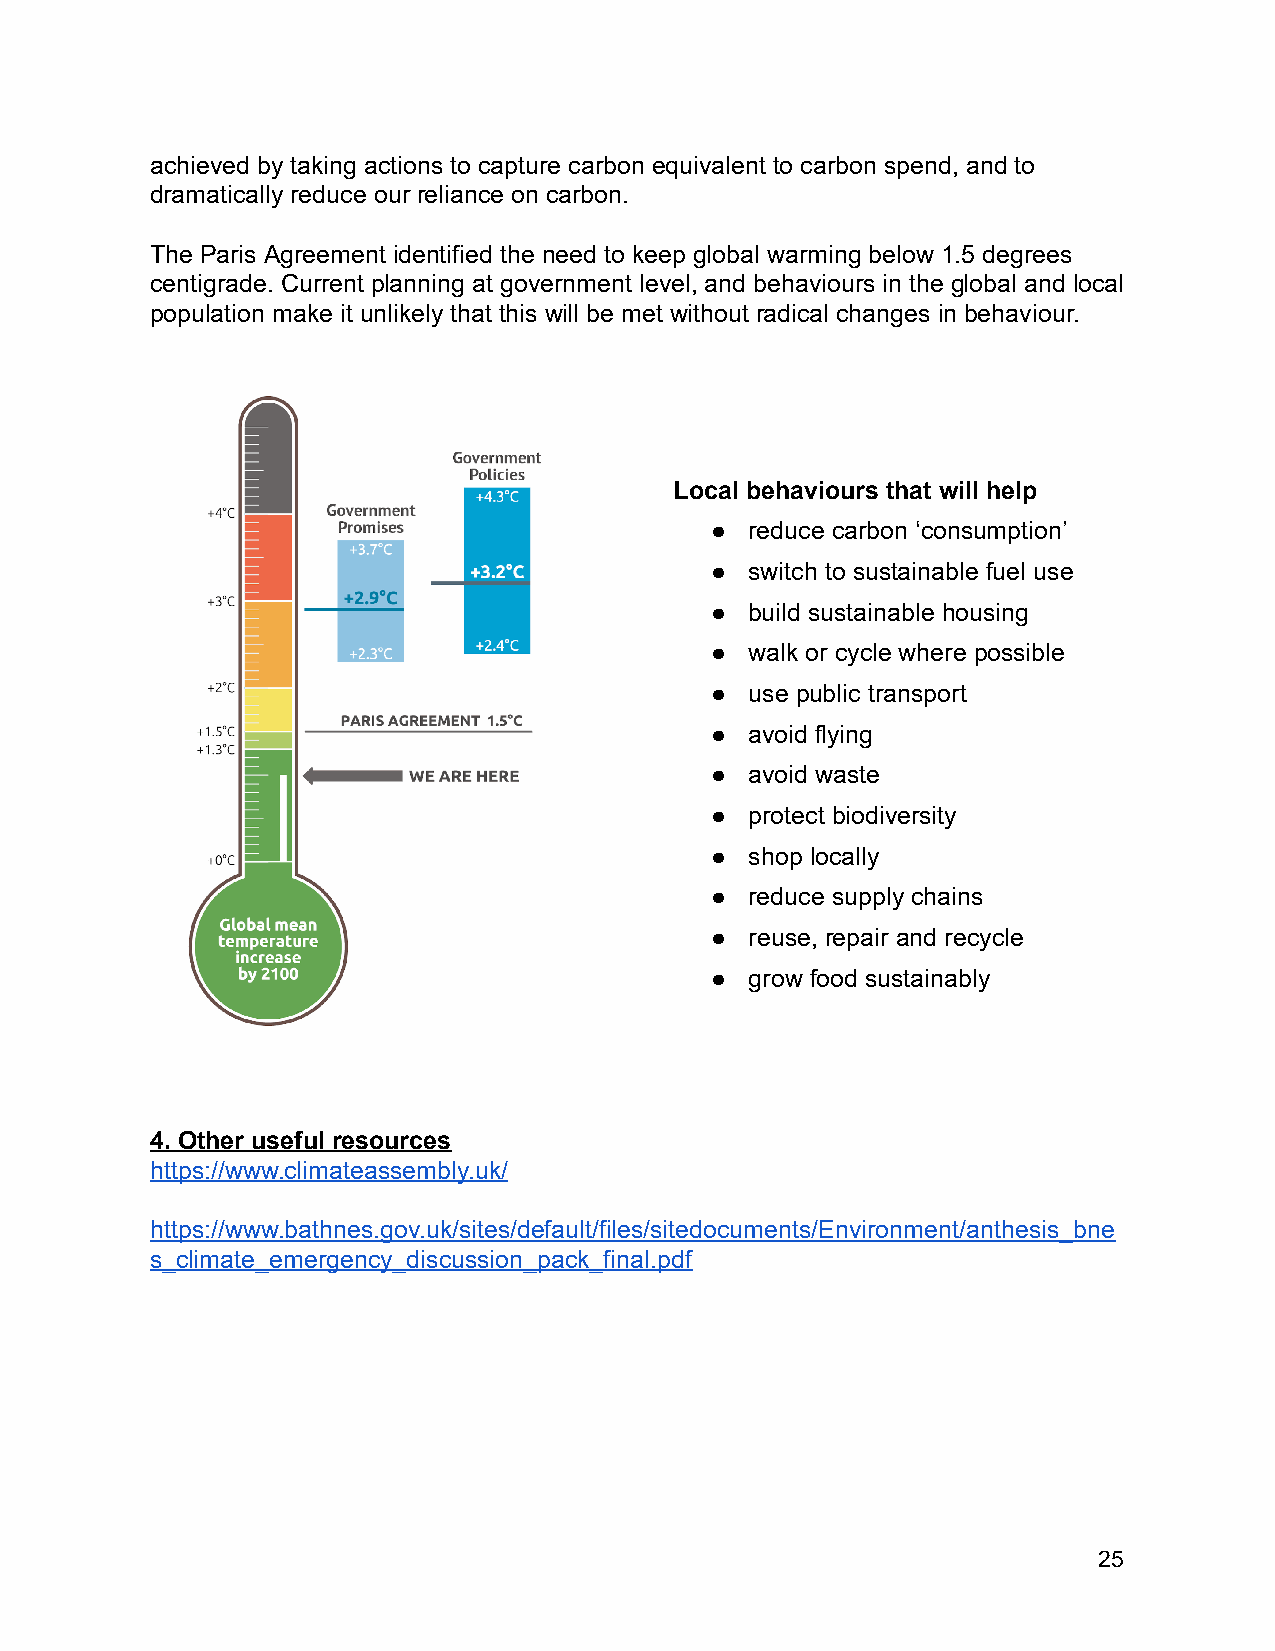
achieved by taking actions to capture carbon equivalent to carbon spend, and to
 dramatically reduce our reliance on carbon.
 The Paris Agreement identified the need to keep global warming below 1.5 degrees
 centigrade. Current planning at government level, and behaviours in the global and local
 population make it unlikely that this will be met without radical changes in behaviour.
 Local behaviours that will help
 ●  reduce carbon ‘consumption’
 ●  switch to sustainable fuel use
 ●  build sustainable housing
 ●  walk or cycle where possible
 ●  use public transport
 ●  avoid flying
 ●  avoid waste
 ●  protect biodiversity
 ●  shop locally
 ●  reduce supply chains
 ●  reuse, repair and recycle
 ●  grow food sustainably
 4. Other useful resources
 https://www.climateassembly.uk/
 https://www.bathnes.gov.uk/sites/default/files/sitedocuments/Environment/anthesis_bne
 s_climate_emergency_discussion_pack_final.pdf
 25